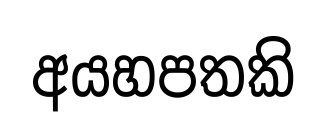
අයහපතකි